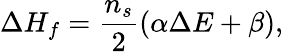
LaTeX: \Delta H_{f}=\frac{n_{s}}{2}(\alpha\Delta E+\beta),